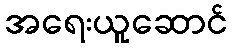
အရေးယူဆောင်